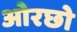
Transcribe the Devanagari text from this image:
ओरछो